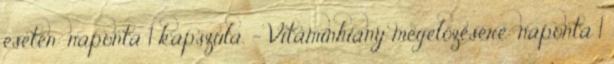
esetén: naponta 1 kapszula. - Vitaminhiány megelőzésére: naponta 1